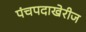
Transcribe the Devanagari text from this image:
पंचपदाखेरीज